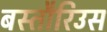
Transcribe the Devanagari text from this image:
बस्तौरिउस